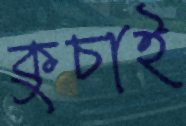
কুচাই